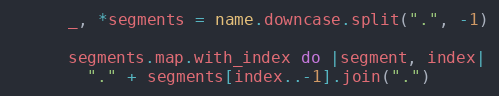
Language: Ruby
      _, *segments = name.downcase.split(".", -1)

      segments.map.with_index do |segment, index|
        "." + segments[index..-1].join(".")